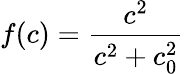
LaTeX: f(c)=\frac{c^{2}}{c^{2}+c_{0}^{2}}